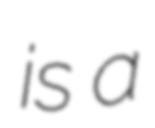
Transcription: is a